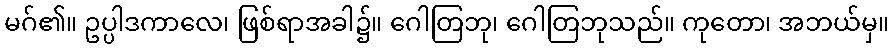
မဂ်၏။ ဥပ္ပါဒကာလေ၊ ဖြစ်ရာအခါ၌။ ဂေါတြဘု၊ ဂေါတြဘုသည်။ ကုတော၊ အဘယ်မှ။